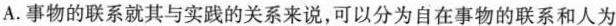
A.事物的联系就其与实践的关系来说，可以分为自在事物的联系和人为